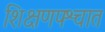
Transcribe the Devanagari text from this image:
शिक्षणपश्चात